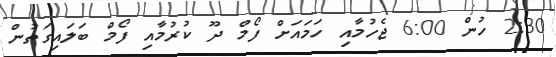
2:30 ހުން 6:00 ޖެހުމާއި ހަމައަށް ފޯމް ދޫ ކުރުމާއި ފޯމް ބަލައިގަތުން